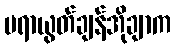
ပရာယွတ်ချန်အိုချာက